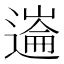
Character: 𰻏